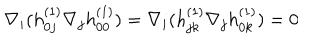
\nabla _ { i } ( h _ { 0 j } ^ { ( 1 ) } \nabla _ { j } h _ { 0 0 } ^ { ( 1 ) } ) = \nabla _ { i } ( h _ { j k } ^ { ( 1 ) } \nabla _ { j } h _ { 0 k } ^ { ( 1 ) } ) = 0